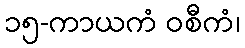
၁၅-ကာယကံ ဝစီကံ၊